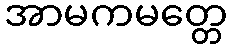
အာမကမတ္တေ